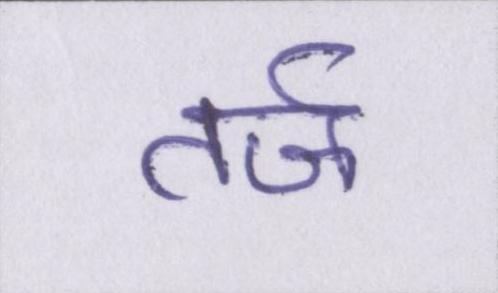
तर्ज